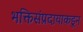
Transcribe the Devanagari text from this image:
भक्तिसंप्रदायाकडून